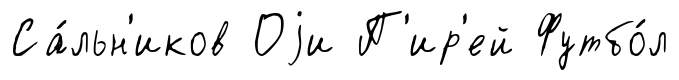
Са́льн'иков Оjи П'ир'ей Футбо́л